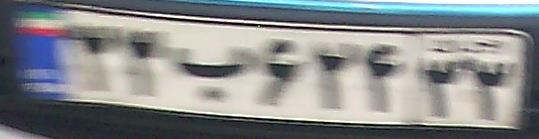
۲۲ب۶۲۴۳۳